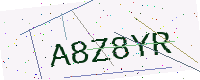
Text: A8Z8YR